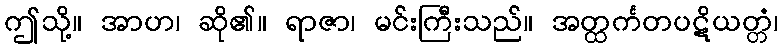
ဤသို့။ အာဟ၊ ဆို၏။ ရာဇာ၊ မင်းကြီးသည်။ အတ္ထင်္ကတပဋိယတ္တံ၊